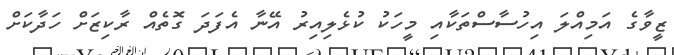
ޒީވާގެ އަމިއްލަ އިހުސާސްތަކާއި މީހަކު ކުޅެލިއިރު އޭނާ އެފަދަ ގޮތެއް ރާކިޒަށް ހަދާކަށް